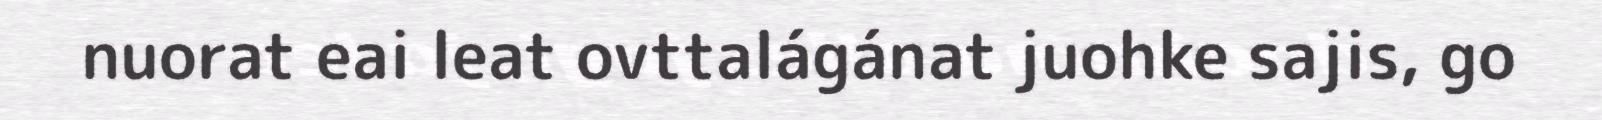
nuorat eai leat ovttalágánat juohke sajis, go